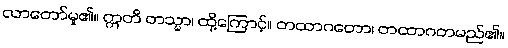
လာတော်မူ၏။ ဣတိ တသ္မာ၊ ထို့ကြောင့်။ တထာဂတော၊ တထာဂတမည်၏။